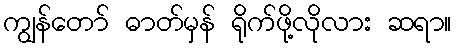
ကျွန်တော် ဓာတ်မှန် ရိုက်ဖို့လိုလား ဆရာ။